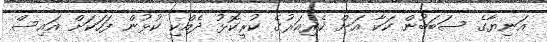
އަނިޔާގެ ސަބަބުން ކަކާ އަށް ކެރިއަރުގެ ކުރީކޮޅު ދެއްކި ކުޅުން ފަހަކަށް އައިސް